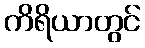
ကိရိယာတွင်